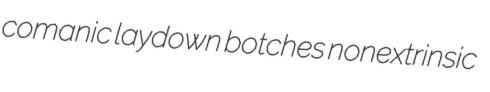
comanic laydown botches nonextrinsic